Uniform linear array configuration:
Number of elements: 16
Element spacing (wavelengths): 1
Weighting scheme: uniform
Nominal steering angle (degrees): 45
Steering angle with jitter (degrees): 46.885
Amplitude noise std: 0.05
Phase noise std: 0.05

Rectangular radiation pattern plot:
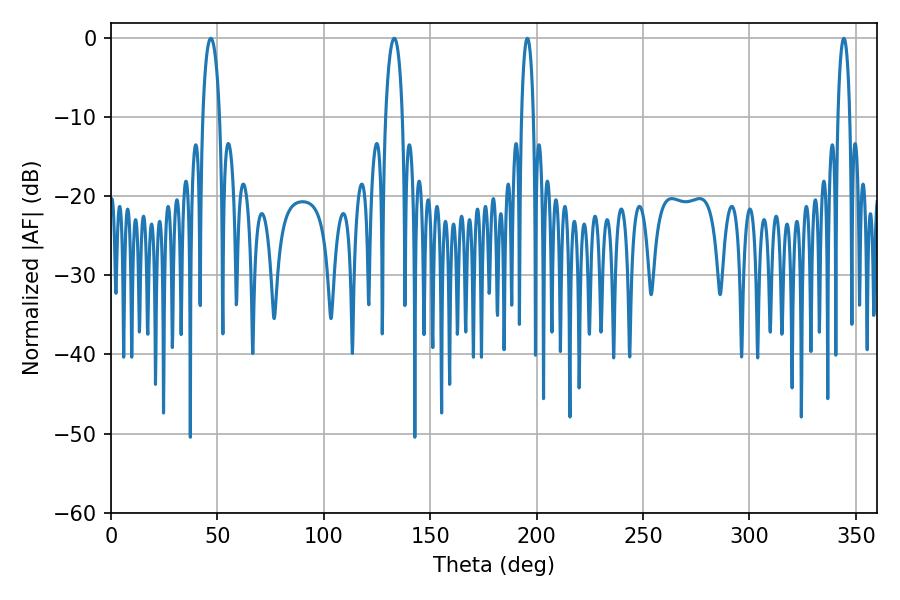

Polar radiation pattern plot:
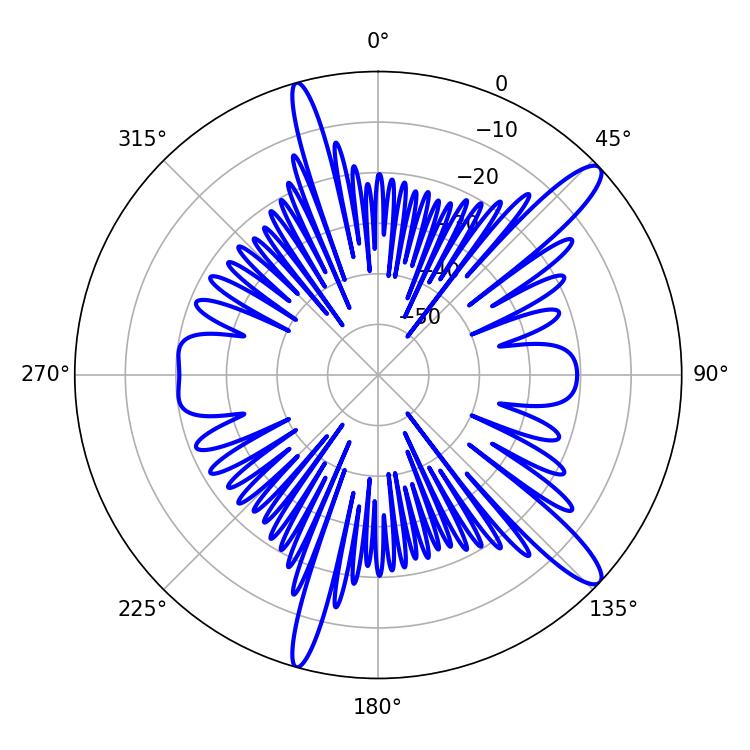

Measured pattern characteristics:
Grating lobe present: TRUE
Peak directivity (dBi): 13.305
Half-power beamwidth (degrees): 3.24
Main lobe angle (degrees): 195.66